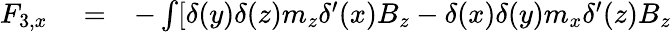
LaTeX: \begin{array}{rlr}{F_{3,x}}&{{}=}&{-\int[\delta(y)\delta(z)m_{z}\delta^{\prime}(x)B_{z}-\delta(x)\delta(y)m_{x}\delta^{\prime}(z)B_{z}}\end{array}